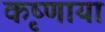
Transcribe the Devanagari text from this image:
कृष्णाया